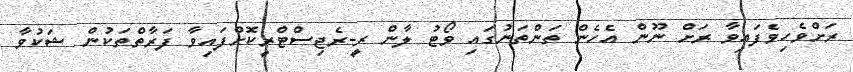
ރަށްވެހިވެފައިވާ ރަށް ނޫން އެހެން ތަންތަނުގައި ވޯޓު ލާން ރީ-ރެޖިސްޓްރީކޮށްފައިވާ ފަރާތްތަކުން ޝަކުވާ